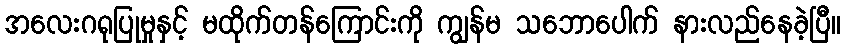
အလေးဂရုပြုမှုနှင့် မထိုက်တန်ကြောင်းကို ကျွန်မ သဘောပေါက် နားလည်နေခဲ့ပြီ။